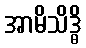
အာမိသိဒ္ဓိ